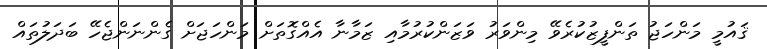
ޤައުމީ މަންހަޖު ތަންފީޒުކުރެވޭ މިންވަރު ވަޒަންކުރުމާއި ޒަމާނާ އެއްގޮތަށް މަންހަޖަށް ގެންނަންޖެހޭ ބަދަލުތައް